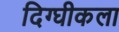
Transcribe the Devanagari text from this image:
दिग्घीकला